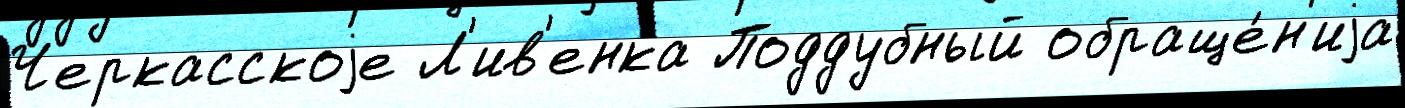
Черкасскоjе Л'ив'енка Поддубный обраще́н'иjа